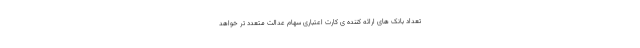
تعداد بانک های ارائه کننده ی کارت اعتباری سهام عدالت متعدد تر خواهد